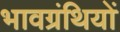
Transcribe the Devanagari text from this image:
भावग्रंथियों